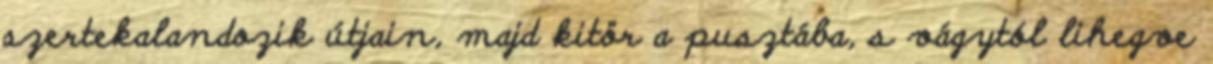
szertekalandozik útjain, majd kitör a pusztába, s vágytól lihegve